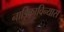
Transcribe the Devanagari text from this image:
नाड़िकाविन्यास